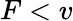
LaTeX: F<v